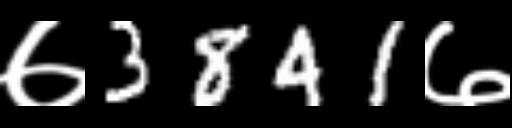
Text: ७3841७